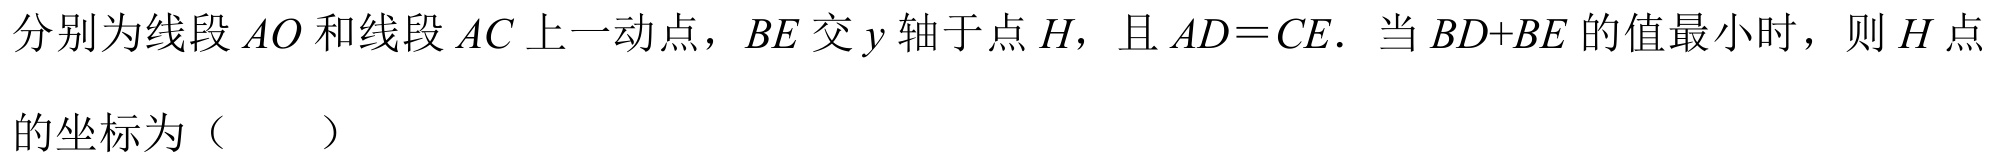
分别为线段 \(AO\) 和线段 \(AC\) 上一动点，\(BE\) 交 \(y\) 轴于点 \(H\)，且 \(AD = CE\). 当 \(BD + BE\) 的值最小时，则 \(H\) 点
的坐标为（  ）